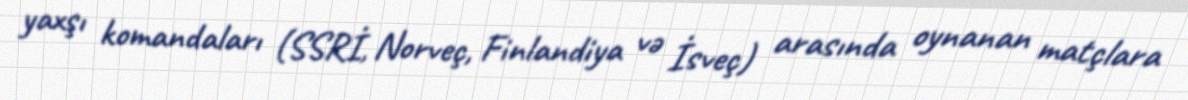
yaxşı komandaları (SSRİ, Norveç, Finlandiya və İsveç) arasında oynanan matçlara